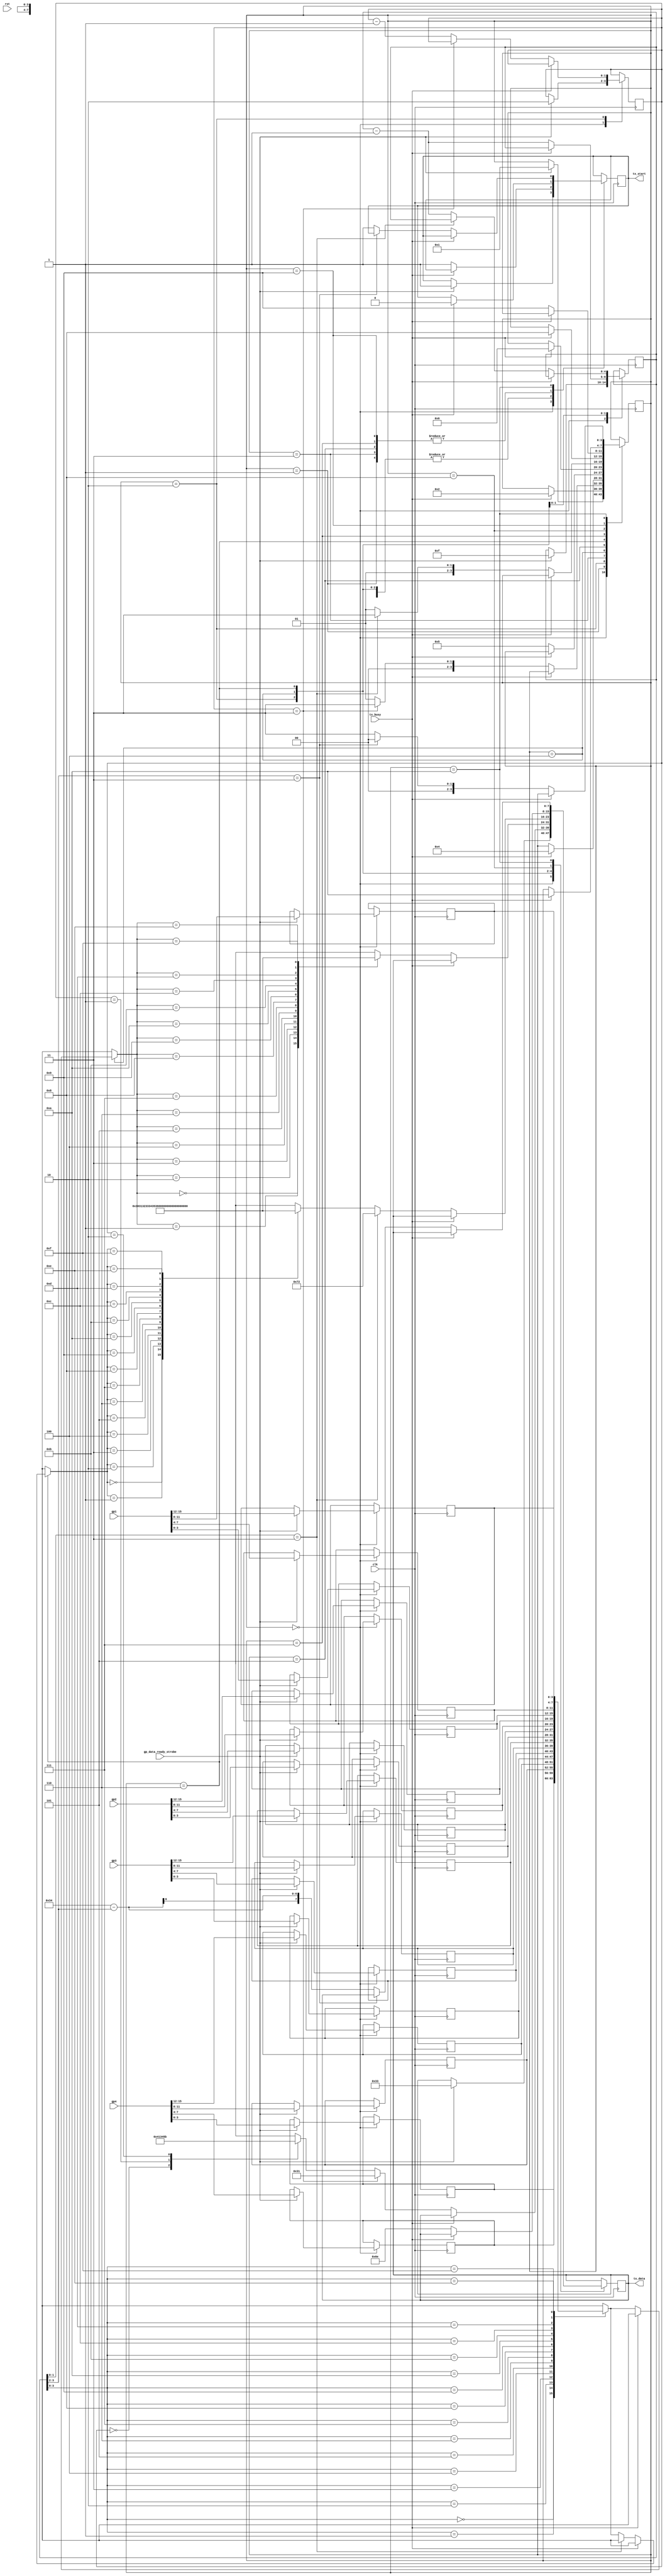
/*
 *  icebreaker examples - Generate hex data out of gamepad registers
 *
 *  Copyright (C) 2020 Piotr Esden-Tempski <piotr@esden.net>
 *
 *  Permission to use, copy, modify, and/or distribute this software for any
 *  purpose with or without fee is hereby granted, provided that the above
 *  copyright notice and this permission notice appear in all copies.
 *
 *  THE SOFTWARE IS PROVIDED "AS IS" AND THE AUTHOR DISCLAIMS ALL WARRANTIES
 *  WITH REGARD TO THIS SOFTWARE INCLUDING ALL IMPLIED WARRANTIES OF
 *  MERCHANTABILITY AND FITNESS. IN NO EVENT SHALL THE AUTHOR BE LIABLE FOR
 *  ANY SPECIAL, DIRECT, INDIRECT, OR CONSEQUENTIAL DAMAGES OR ANY DAMAGES
 *  WHATSOEVER RESULTING FROM LOSS OF USE, DATA OR PROFITS, WHETHER IN AN
 *  ACTION OF CONTRACT, NEGLIGENCE OR OTHER TORTIOUS ACTION, ARISING OUT OF
 *  OR IN CONNECTION WITH THE USE OR PERFORMANCE OF THIS SOFTWARE.
 *
 */

module gamepad_sender (
	// Gamepad input
	input wire gp_data_ready_strobe,
	input wire [15:0] gp1,
	input wire [15:0] gp2,
	input wire [15:0] gp3,
	input wire [15:0] gp4,

	// Serial tx
	output reg tx_start,
	output reg [7:0] tx_data,
	input wire tx_busy,

	// Clock and reset
	input clk,
	input rst
);

/* Sender FSM states. */
localparam
	GPXS_IDLE       = 0,
	GPXS_SEND_START = 1,
	GPXS_WAIT_START = 2,
	GPXS_SEND_GP_ID = 3,
	GPXS_WAIT_GP_ID = 4,
	GPXS_SEND_GP    = 5,
	GPXS_WAIT_GP    = 6,
	GPXS_SEND_CR    = 7,
	GPXS_WAIT_CR    = 8,
	GPXS_SEND_NL    = 9,
	GPXS_WAIT_NL    = 10;

/* 4 bit to ascii hex lut */
wire [7:0] ahex [0:15];

assign ahex[0]  = "0";
assign ahex[1]  = "1";
assign ahex[2]  = "2";
assign ahex[3]  = "3";
assign ahex[4]  = "4";
assign ahex[5]  = "5";
assign ahex[6]  = "6";
assign ahex[7]  = "7";
assign ahex[8]  = "8";
assign ahex[9]  = "9";
assign ahex[10] = "A";
assign ahex[11] = "B";
assign ahex[12] = "C";
assign ahex[13] = "D";
assign ahex[14] = "E";
assign ahex[15] = "F";

/* Start escape sequence for the terminal. */
wire [7:0] start_seq [0:3];

/* Move cursor 4 lines up. Terminal escape sequence. */
assign start_seq[3]  = "\033";
assign start_seq[2]  = "[";
assign start_seq[1]  = "4";
assign start_seq[0]  = "A";

/* Implementation of the FSM. */
reg [3:0] gpx_reg[0:15];
reg [3:0] gpx_state = GPXS_IDLE;
reg [1:0] start_cnt;
reg [4:0] gpx_cnt;
always @(posedge clk) begin
	case (gpx_state)
		GPXS_IDLE: if(gp_data_ready_strobe) begin
			gpx_reg[0]  <= gp4[3:0];
			gpx_reg[1]  <= gp4[7:4];
			gpx_reg[2]  <= gp4[11:8];
			gpx_reg[3]  <= gp4[15:12];
			gpx_reg[4]  <= gp3[3:0];
			gpx_reg[5]  <= gp3[7:4];
			gpx_reg[6]  <= gp3[11:8];
			gpx_reg[7]  <= gp3[15:12];
			gpx_reg[8]  <= gp2[3:0];
			gpx_reg[9]  <= gp2[7:4];
			gpx_reg[10] <= gp2[11:8];
			gpx_reg[11] <= gp2[15:12];
			gpx_reg[12] <= gp1[3:0];
			gpx_reg[13] <= gp1[7:4];
			gpx_reg[14] <= gp1[11:8];
			gpx_reg[15] <= gp1[15:12];
			tx_data <= start_seq[3];
			tx_start <= 1;
			gpx_state <= GPXS_SEND_START;
			gpx_cnt <= 15;
			start_cnt <= 2; 
		end
		GPXS_SEND_START: if(tx_busy) begin
			tx_start <= 0;
			gpx_state <= GPXS_WAIT_START;
		end
		GPXS_WAIT_START: if(~tx_busy) begin
			if (start_cnt == 2'b11) begin
				tx_data <= "1";
				tx_start <= 1;
				gpx_state <= GPXS_SEND_GP_ID;
			end else begin
				tx_data <= start_seq[start_cnt];
				tx_start <= 1;
				gpx_state <= GPXS_SEND_START;
				start_cnt <= start_cnt - 1;
			end
		end
		GPXS_SEND_GP_ID: if(tx_busy) begin
			tx_start <= 0;
			gpx_state <= GPXS_WAIT_GP_ID;
		end
		GPXS_WAIT_GP_ID: if(~tx_busy) begin
			tx_data <= ahex[gpx_reg[gpx_cnt]];
			tx_start <= 1;
			gpx_state <= GPXS_SEND_GP;
			gpx_cnt <= gpx_cnt - 1;
		end
		GPXS_SEND_GP: if(tx_busy) begin
			tx_start <= 0;
			gpx_state <= GPXS_WAIT_GP;
		end
		GPXS_WAIT_GP: if(~tx_busy) begin
			if (gpx_cnt[1:0] == 2'b11) begin
				tx_data <= "\r";
				tx_start <= 1;
				gpx_state <= GPXS_SEND_CR;
			end else begin
				tx_data <= ahex[gpx_reg[gpx_cnt]];
				tx_start <= 1;
				gpx_state <= GPXS_SEND_GP;
				gpx_cnt <= gpx_cnt - 1;
			end
		end
		GPXS_SEND_CR: if(tx_busy) begin
			tx_start <= 0;
			gpx_state <= GPXS_WAIT_CR;
		end
		GPXS_WAIT_CR: if(~tx_busy) begin
			tx_data <= "\n";
			tx_start <= 1;
			gpx_state <= GPXS_SEND_NL;
		end
		GPXS_SEND_NL: if(tx_busy) begin
			tx_start <= 0;
			gpx_state <= GPXS_WAIT_NL;
		end
		GPXS_WAIT_NL: if(~tx_busy) begin
			if (gpx_cnt[3:2] == 2'b11) begin
				gpx_state <= GPXS_IDLE;
			end else begin
				tx_data <= "4" - gpx_cnt[3:2];
				tx_start <= 1;
				gpx_state <= GPXS_SEND_GP_ID;
			end
		end
	endcase
end

endmodule